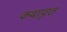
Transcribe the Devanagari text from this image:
कथावृत